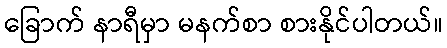
ခြောက် နာရီမှာ မနက်စာ စားနိုင်ပါတယ်။